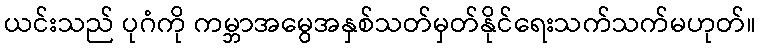
ယင်းသည် ပုဂံကို ကမ္ဘာအမွေအနှစ်သတ်မှတ်နိုင်ရေးသက်သက်မဟုတ်။